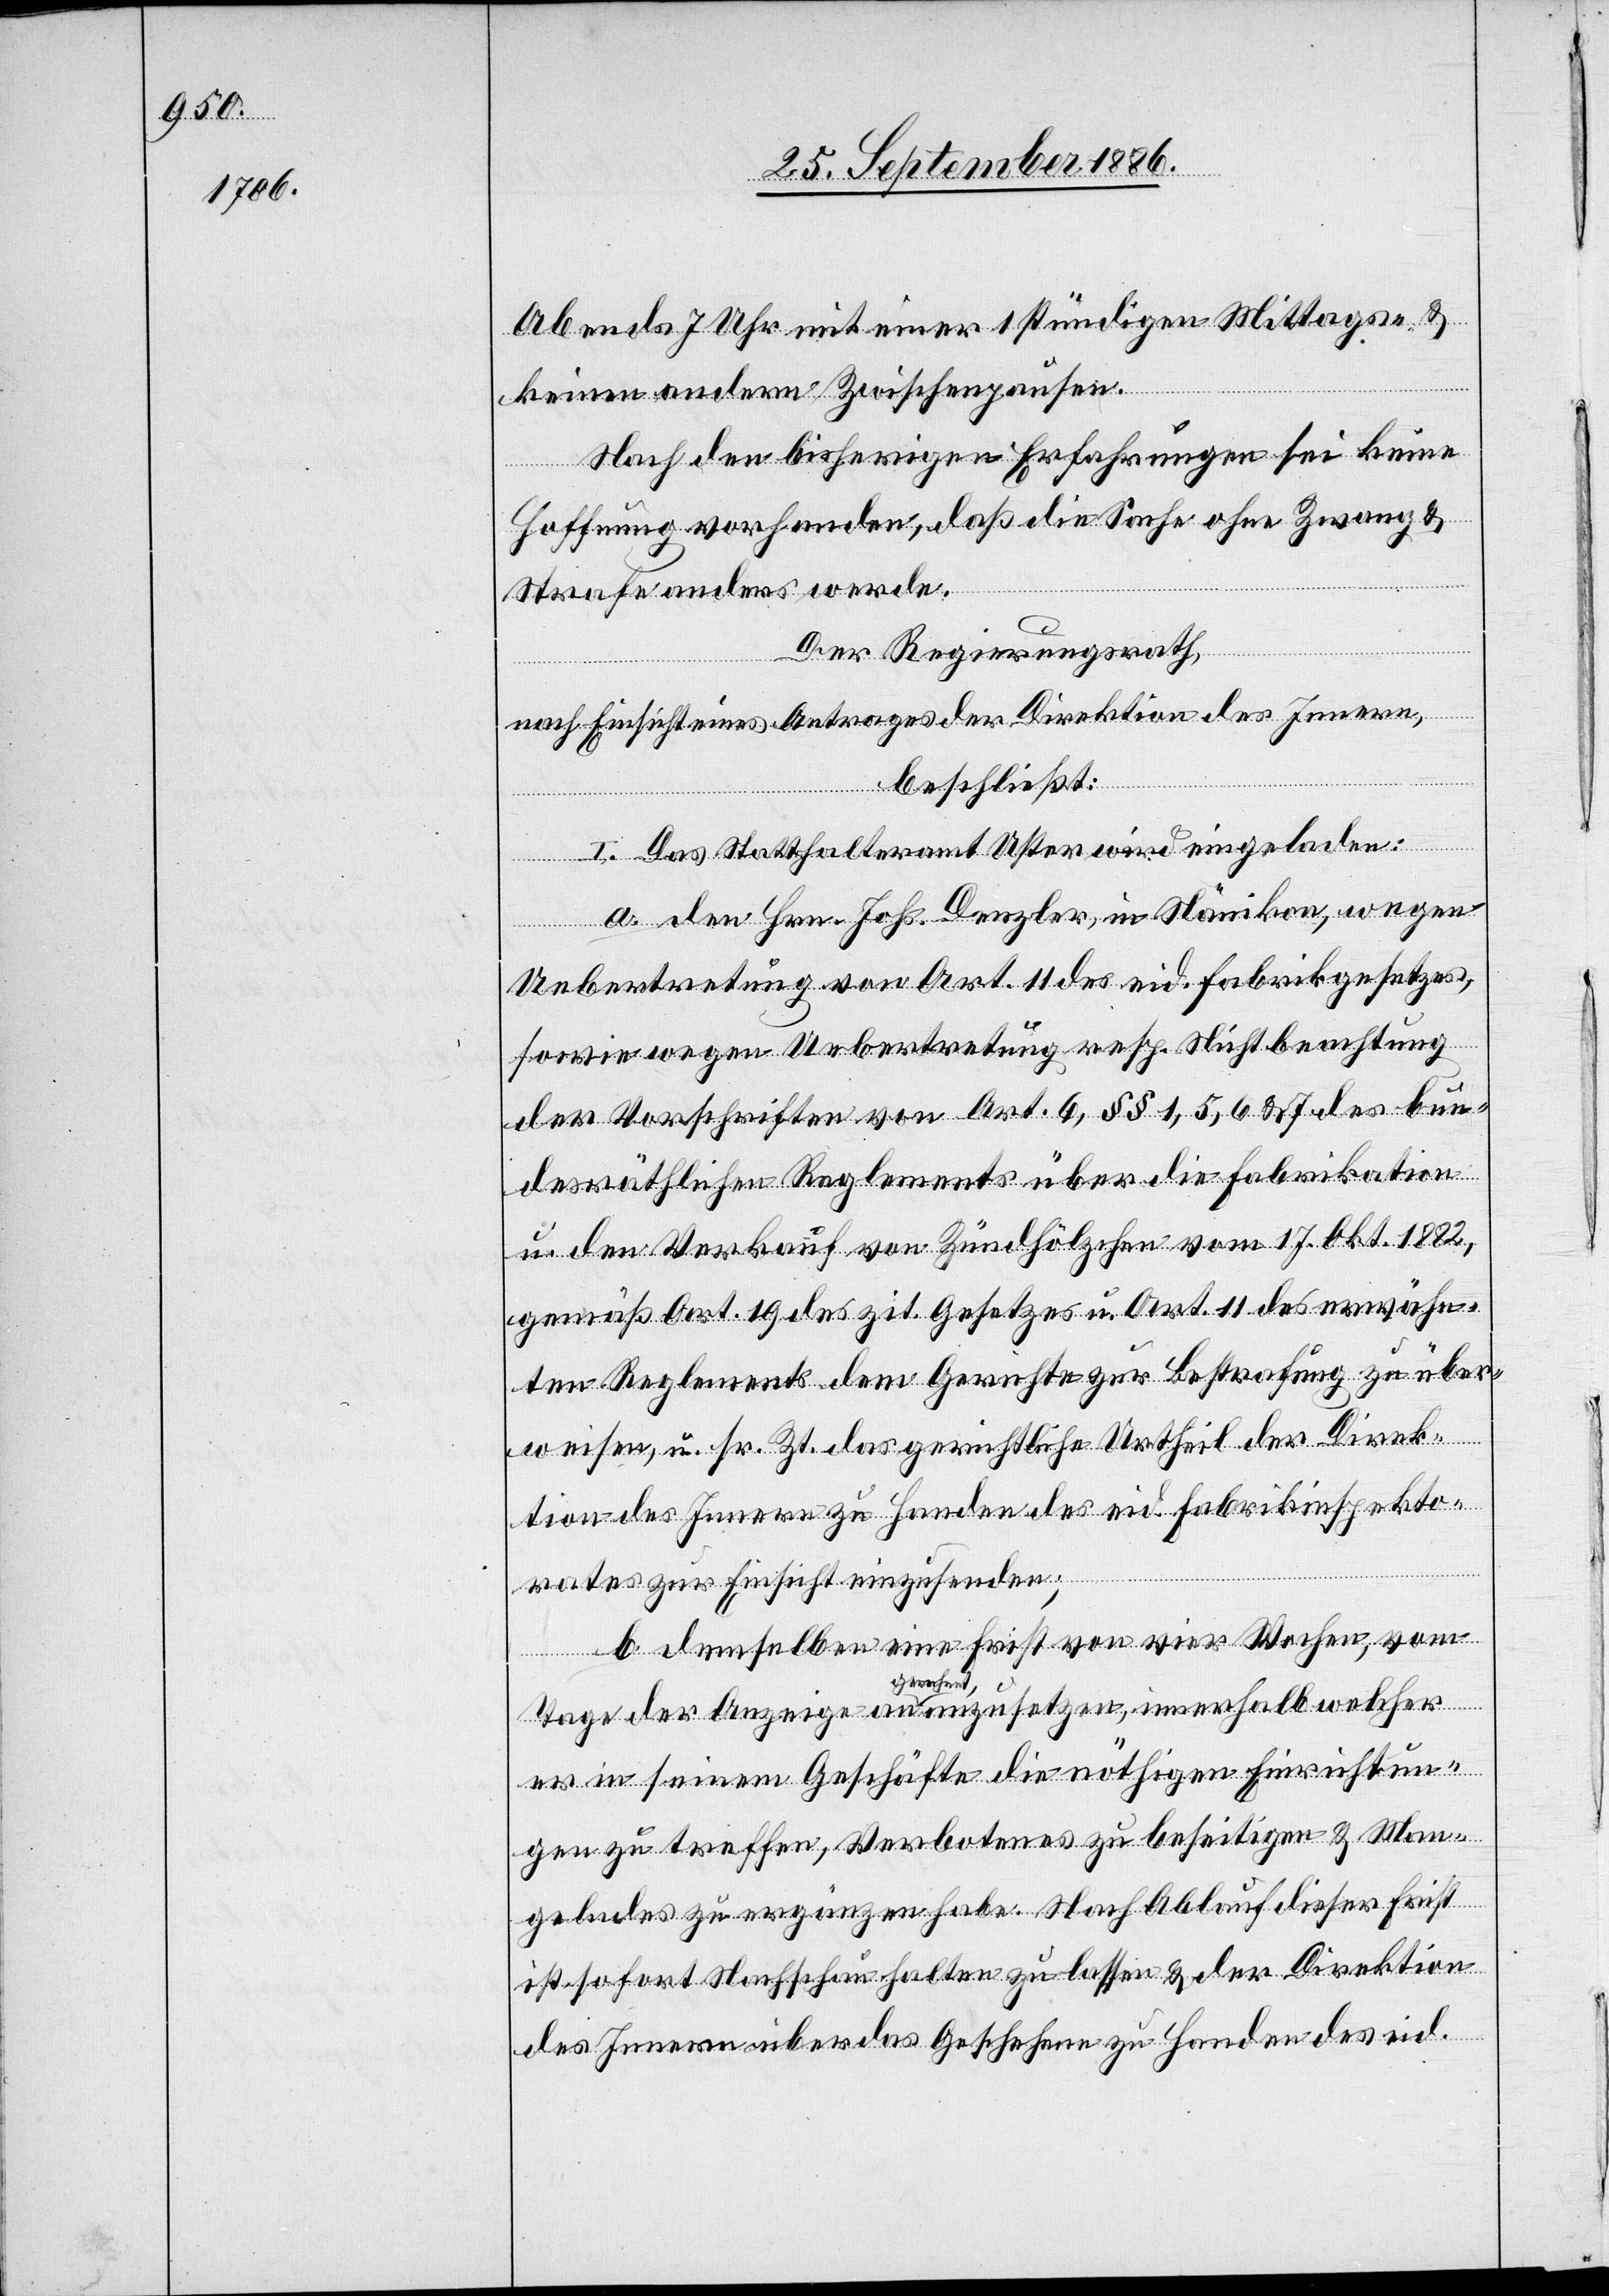
Abends 7 Uhr mit einer 1stündigen Mittags- &
keinen andern Zwischenpausen.
Nach den bisherigen Erfahrungen sei keine
Hoffnung vorhanden, daß die Sache ohne Zwang &
Strafe anders werde.
Der Regierungsrath,
nach Einsicht eines Antrages der Direktion des Innern,
beschließt:
I. Das Statthalteramt Uster wird eingeladen:
a. den Hrn. Johs. Denzler, in Nänikon, wegen
Uebertretung von Art. 11 des eid. Fabrikgesetzes,
sowie wegen Uebertretung resp. Nichtbeachtung
der Vorschriften von Art. 6, §§ 1, 5, 6 & 7 des bun¬
desräthlichen Reglements über die Fabrikation
u. den Verkauf von Zündhölzchen vom 17. Okt. 1882,
gemäß Art. 19 des zit. Gesetzes u. Art. 11 des erwähn¬
ten Reglements dem Gerichte zur Bestrafung zu über¬
weisen, u. sr. Zt. das gerichtliche Urtheil der Direk¬
tion des Innern zu Handen des eid. Fabrikinspekto¬
rates zur Einsicht einzusenden;
b. demselben eine Frist von vier Wochen, vom
Tage der Anzeige an gerechnet, anzusetzen, innerhalb welcher
er in seinem Geschäfte die nöthigen Einrichtun¬
gen zu treffen, Verbotenes zu beseitigen & Man¬
gelndes zu ergänzen habe. Nach Ablauf dieser Frist
ist sofort Nachschau halten zu lassen & der Direktion
des Innern über das Geschehene zu Handen des eid.